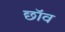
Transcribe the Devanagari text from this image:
छाॅव